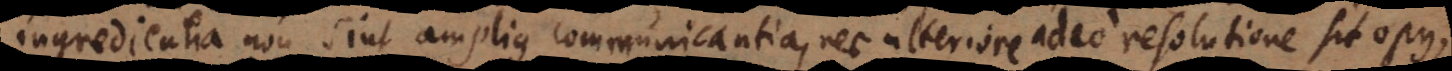
ingredientia non sint amplius communicantia, nec ulteriore adeo resolutione sit opus,